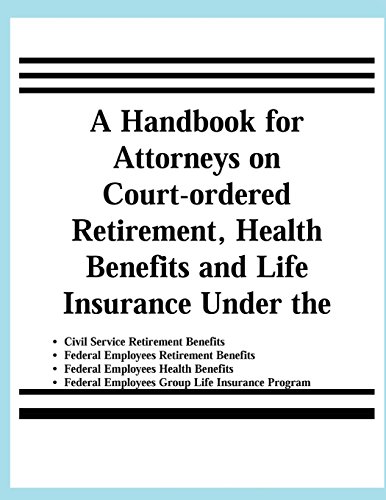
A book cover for A Handbook for Attorneys on Court-ordered Retirement, Health Benefits and Life Insurance Under the Civil Service Retirement Benefits, Federal ... Employees Group Life Insurance Programs; United States Office of Personnel Management; Business & Money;